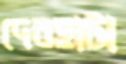
দেবহাটা